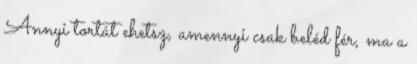
Annyi tortát ehetsz, amennyi csak beléd fér, ma a